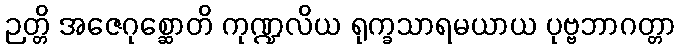
ဉတ္တိ အဇေဂုစ္ဆောတိ ကုဏ္ဍလိယ ရုက္ခသာရမယာယ ပုဗ္ဗဘာဂတ္တာ